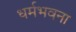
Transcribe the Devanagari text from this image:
धर्मभवना